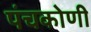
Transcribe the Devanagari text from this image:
पंचकोणी